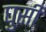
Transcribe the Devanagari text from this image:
घुसीं